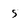
Character: 5